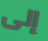
إلى